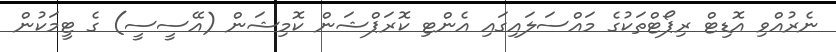
ނެރުއްވި އޮޑިޓް ރިޕޯޓްތަކުގެ މައްސަލައިގައި އެންޓި ކޮރަޕްޝަން ކޮމިޝަން (އޭސީސީ) ގެ ޓީމަކުން